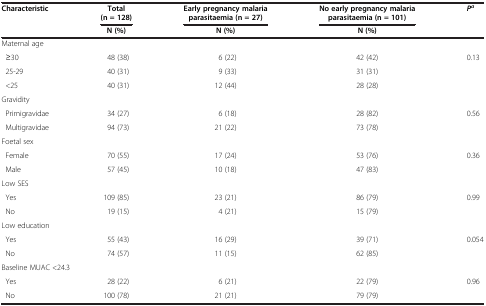
<table><thead><tr><td rowspan="2"><b>Characteristic</b></td><td><b>Total (n = 128)</b></td><td><b>Early pregnancy malaria parasitaemia (n = 27)</b></td><td><b>No early pregnancy malaria parasitaemia (n = 101)</b></td><td rowspan="2"><b><i>P</i><sup><i>a</i></sup></b></td></tr><tr><td><b>N (%)</b></td><td><b>N (%)</b></td><td><b>N (%)</b></td></tr></thead><tbody><tr><td colspan="5">Maternal age</td></tr><tr><td> ≥30</td><td>48 (38)</td><td>6 (22)</td><td>42 (42)</td><td>0.13</td></tr><tr><td> 25-29</td><td>40 (31)</td><td>9 (33)</td><td>31 (31)</td><td> </td></tr><tr><td> &lt;25</td><td>40 (31)</td><td>12 (44)</td><td>28 (28)</td><td> </td></tr><tr><td colspan="5">Gravidity</td></tr><tr><td> Primigravidae</td><td>34 (27)</td><td>6 (18)</td><td>28 (82)</td><td>0.56</td></tr><tr><td> Multigravidae</td><td>94 (73)</td><td>21 (22)</td><td>73 (78)</td><td> </td></tr><tr><td colspan="5">Foetal sex</td></tr><tr><td> Female</td><td>70 (55)</td><td>17 (24)</td><td>53 (76)</td><td>0.36</td></tr><tr><td> Male</td><td>57 (45)</td><td>10 (18)</td><td>47 (83)</td><td> </td></tr><tr><td colspan="5">Low SES</td></tr><tr><td> Yes</td><td>109 (85)</td><td>23 (21)</td><td>86 (79)</td><td>0.99</td></tr><tr><td> No</td><td>19 (15)</td><td>4 (21)</td><td>15 (79)</td><td> </td></tr><tr><td colspan="5">Low education</td></tr><tr><td> Yes</td><td>55 (43)</td><td>16 (29)</td><td>39 (71)</td><td>0.054</td></tr><tr><td> No</td><td>74 (57)</td><td>11 (15)</td><td>62 (85)</td><td> </td></tr><tr><td colspan="5">Baseline MUAC &lt;24.3</td></tr><tr><td> Yes</td><td>28 (22)</td><td>6 (21)</td><td>22 (79)</td><td>0.96</td></tr><tr><td> No</td><td>100 (78)</td><td>21 (21)</td><td>79 (79)</td><td> </td></tr></tbody></table>